Trukikaitis_Postimees, lk 91
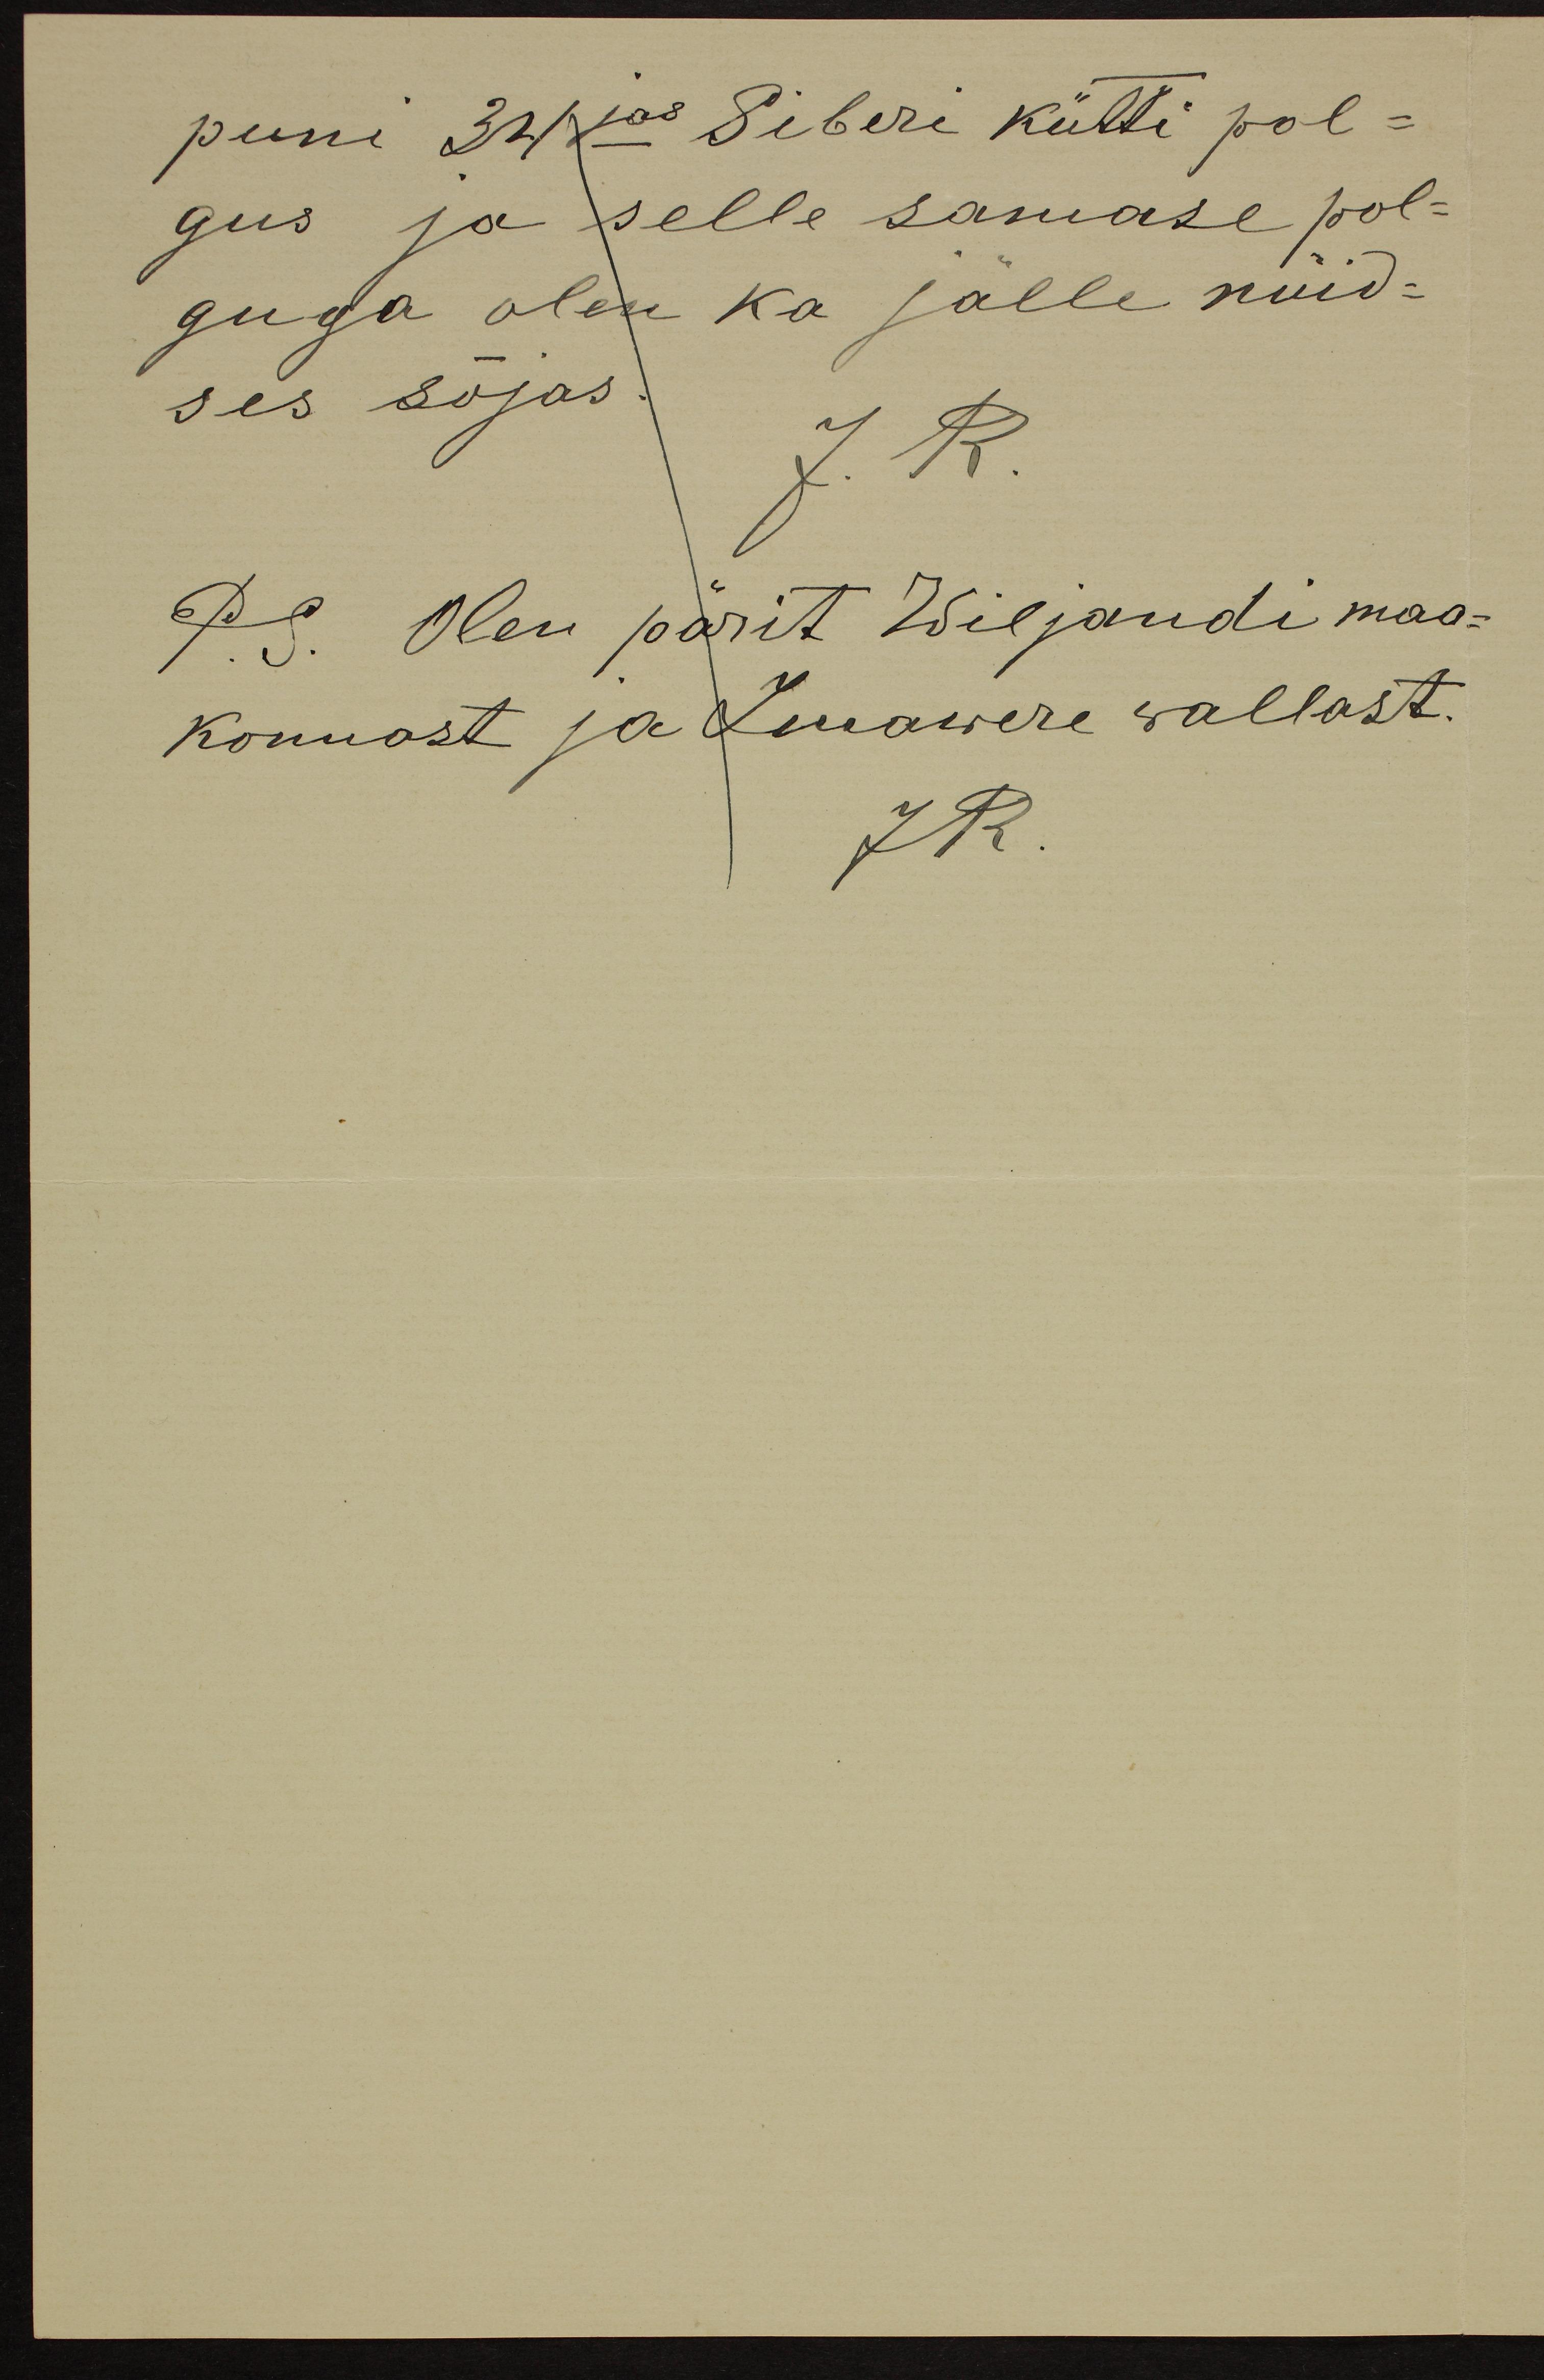
puni 34jas Siberi kütti pol-
gus ja selle samase pol-
guga olen ka jälle nüid-
ses sõjas.
J. R.
P.S. Olen pärit Wiljandi maa-
konnast ja Imawere wallast.
JR.